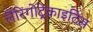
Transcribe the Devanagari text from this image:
लैरिंगोट्रेकाइटिस